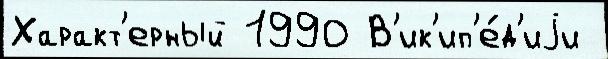
Характ'ерный 1990 В'ик'ип'е́д'иjи